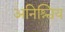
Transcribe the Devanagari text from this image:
अनिश्चिय